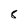
Character: 8